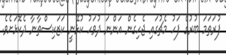
ފުރަތަމަ ބުރުގެ ފަހު މެޗުގައި ޖެހިގެން އަންނަ ދުވަހު ކުޅޭނީ ކަޒަކިސްތާނާ ދެކޮޅަށެވެ.